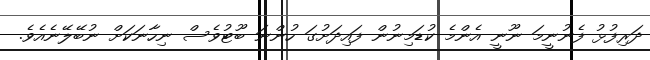
ދަރިފުޅު ފެނުނީމަ ނޫނީ އެންމެ ކުޑަމިނުން ފައިދަށުގަ ހުންނަ ބޫޓުވެސް ނިހާނަކަށް ނުބޭލޭނެއެވެ.